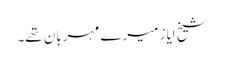
شیخ ایاز میرے مہربان تھے۔